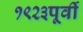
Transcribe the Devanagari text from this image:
१९२३पूर्वी